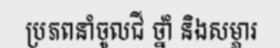
ប្រភពនាំចូលជី ថ្នាំ និងសម្ភារ